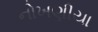
નોખણીયા